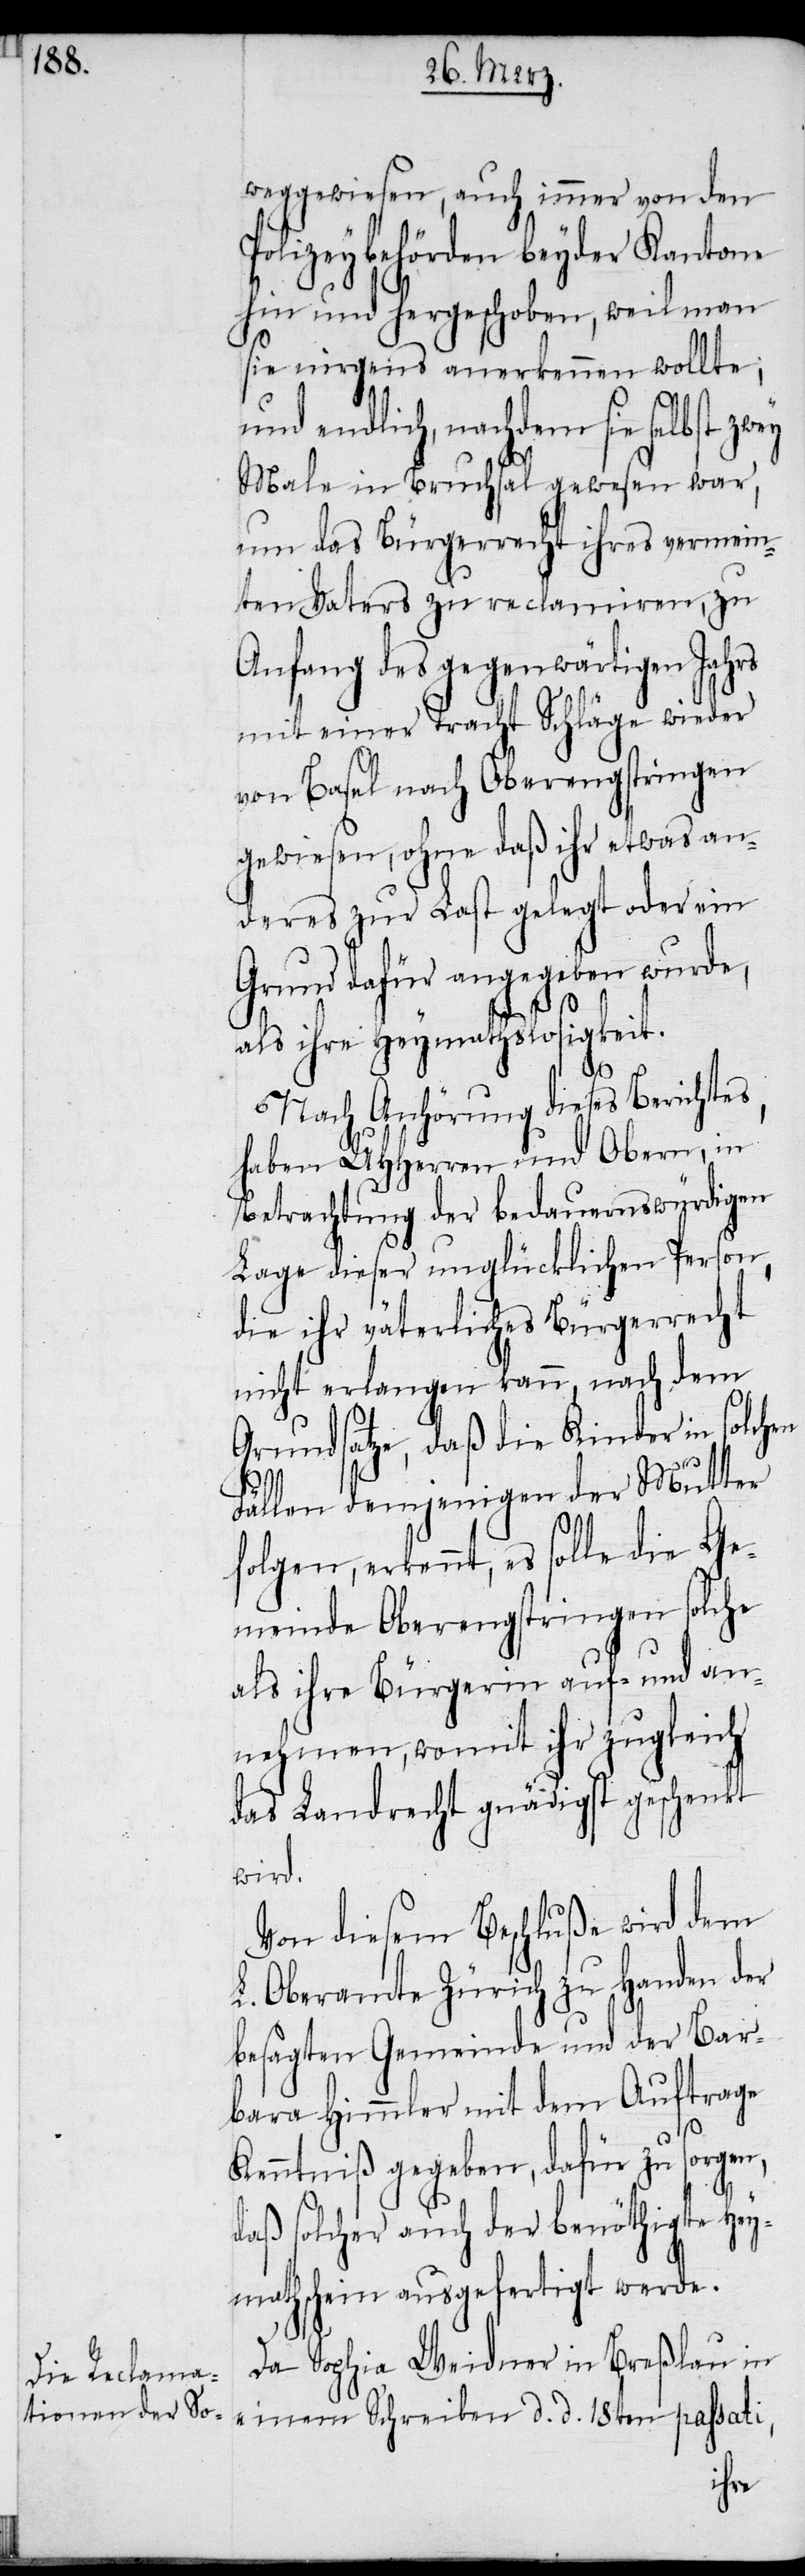
weggewiesen, auch immer von den
Polizeybehörden beyder Kantone
hin und hergeschoben, weil man
sie nirgens anerkennen wollte;
und endlich, nachdem sie selbst zwey
Male in Bruchsal gewesen war,
um das Bürgerrecht ihres vermein¬
ten Vaters zu reclamiren, zu
Anfang des gegenwärtigen Jahrs
mit einer Tracht Schläge wieder
von Basel nach Oberengstringen
gewiesen, ohne daß ihr etwas an¬
deres zur Last gelegt oder ein
Grund dafür angegeben wurde,
als ihre Heymathslosigkeit.
Nach Anhörung dieses Berichtes,
haben UHHerren und Obern, in
Betrachtung der bedauernswürdigen
Lage dieser unglücklichen Person
die ihr väterliches Bürgerrecht
nicht erlangen kann, nach dem
Grundsatze, daß die Kinder in solchen
Fällen demjenigen der Mutter
folgen, erkennt, es solle die Ge¬
meinde Oberengstringen solche
als ihre Bürgerin auf- und an¬
nehmen, womit ihr zugleich
das Landrecht gnädigst geschenkt
wird.
Von diesem Beschluße wird dem
L. Oberamte Zürich zu Handen der
besagten Gemeinde und der Bar¬
bara Himmler mit dem Auftrage
Kenntniß gegeben, dafür zu sorgen,
daß solcher auch der benöthigte Hey¬
mathschein ausgefertigt werde.
Da Sophia Weidner in Breßlau in
einem Schreiben d. d. 18ten passati,